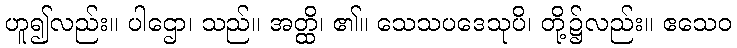
ဟူ၍လည်း။ ပါဌော၊ သည်။ အတ္ထိ၊ ၏။ သေသပဒေသုပိ၊ တို့၌လည်း။ ဧသေဝ